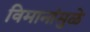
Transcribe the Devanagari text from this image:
विमानांमुळे